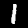
Digit: 1